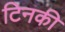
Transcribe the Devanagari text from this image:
टिनकी